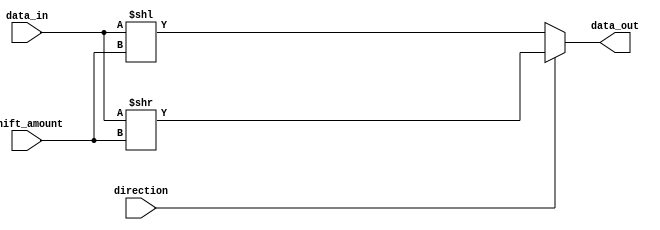
module barrel_shifter(
    input [7:0] data_in,
    input [2:0] shift_amount,
    input direction,
    output reg [7:0] data_out
);

reg [7:0] temp_data;

always @(*) begin
    if(direction == 1'b0) begin
        temp_data = data_in << shift_amount;
    end else begin
        temp_data = data_in >> shift_amount;
    end

    data_out = temp_data;
end

endmodule